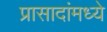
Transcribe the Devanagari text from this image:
प्रासादांमध्ये